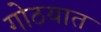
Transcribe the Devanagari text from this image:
गोठयात